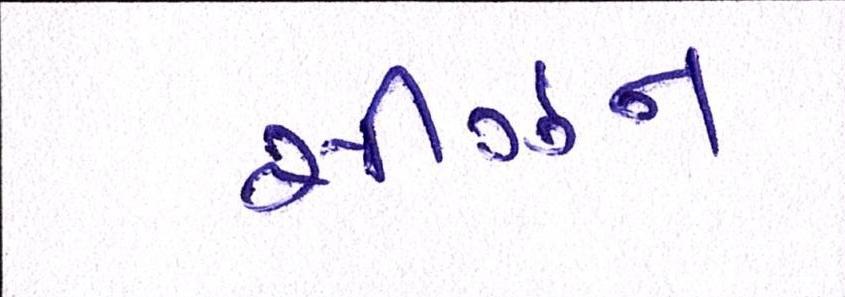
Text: સીઝન